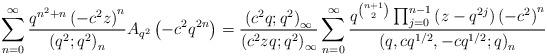
LaTeX: \begin{align*}\sum_{n=0}^{\infty}\frac{q^{n^{2}+n}\left(-c^{2}z\right)^{n}}{\left(q^{2};q^{2}\right)_{n}}A_{q^{2}}\left(-c^{2}q^{2n}\right)=\frac{\left(c^{2}q;q^{2}\right)_{\infty}}{\left(c^{2}zq;q^{2}\right)_{\infty}}\sum_{n=0}^{\infty}\frac{q^{\binom{n+1}{2}}\prod_{j=0}^{n-1}\left(z-q^{2j}\right)\left(-c^{2}\right)^{n}}{\left(q,cq^{1/2},-cq^{1/2};q\right)_{n}}\end{align*}